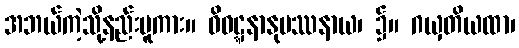
အဘယ်ကဲ့သို့နည်းမူကား။ ဝိဝဋ္ဋနာနုပဿနာယ၊ ၌။ ဂယှတိယထာ၊